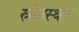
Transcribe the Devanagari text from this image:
स्रोतस्थान